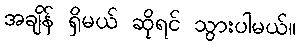
အချိန် ရှိမယ် ဆိုရင် သွားပါမယ်။